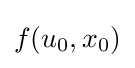
f(u_{0},x_{0})